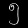
Digit: ၅